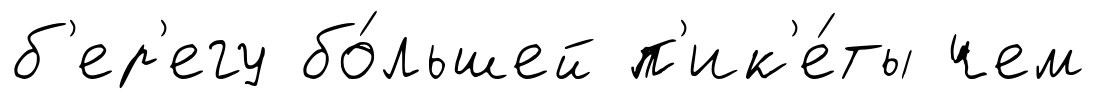
б'ер'егу бо́льшей п'ик'е́ты чем